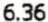
6.36